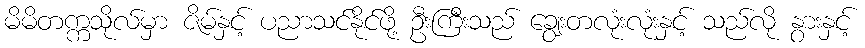
မိမိတက္ကသိုလ်မှာ ဇိမ်နှင့် ပညာသင်နိုင်ဖို့ ဦးကြီးသည် ချွေးတလုံးလုံးနှင့် သည်လို နွားနှင့်